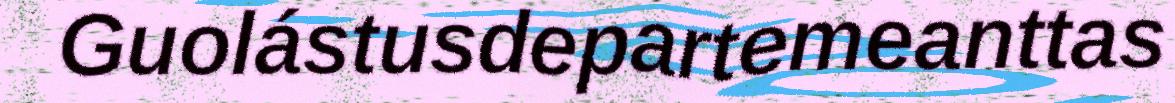
Guolástusdepartemeanttas